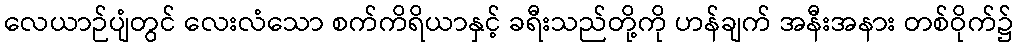
လေယာဉ်ပျံတွင် လေးလံသော စက်ကိရိယာနှင့် ခရီးသည်တို့ကို ဟန်ချက် အနီးအနား တစ်ဝိုက်၌